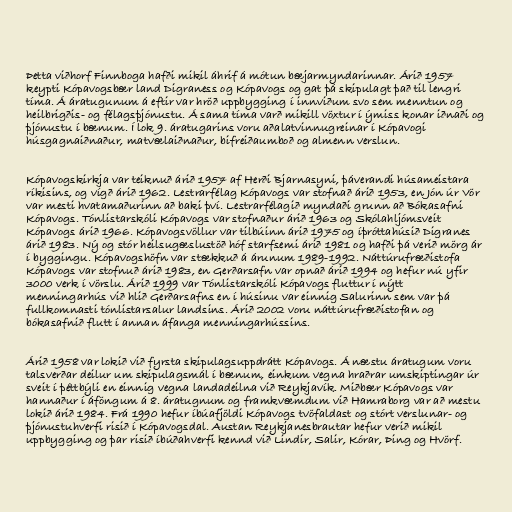
Þetta viðhorf Finnboga hafði mikil áhrif á mótun bæjarmyndarinnar. Árið 1957
keypti Kópavogsbær land Digraness og Kópavogs og gat þá skipulagt það til lengri
tíma. Á áratugunum á eftir var hröð uppbygging í innviðum svo sem menntun og
heilbrigðis- og félagsþjónustu. Á sama tíma varð mikill vöxtur í ýmiss konar iðnaði og
þjónustu í bænum. Í lok 9. áratugarins voru aðalatvinnugreinar í Kópavogi
húsgagnaiðnaður, matvælaiðnaður, bifreiðaumboð og almenn verslun.

Kópavogskirkja var teiknuð árið 1957 af Herði Bjarnasyni, þáverandi húsameistara
ríkisins, og vígð árið 1962. Lestrarfélag Kópavogs var stofnað árið 1953, en Jón úr Vör
var mesti hvatamaðurinn að baki því. Lestrarfélagið myndaði grunn að Bókasafni
Kópavogs. Tónlistarskóli Kópavogs var stofnaður árið 1963 og Skólahljómsveit
Kópavogs árið 1966. Kópavogsvöllur var tilbúinn árið 1975 og íþróttahúsið Digranes
árið 1983. Ný og stór heilsugæslustöð hóf starfsemi árið 1981 og hafði þá verið mörg ár
í byggingu. Kópavogshöfn var stækkuð á árunum 1989-1992. Náttúrufræðistofa
Kópavogs var stofnuð árið 1983, en Gerðarsafn var opnað árið 1994 og hefur nú yfir
3000 verk í vörslu. Árið 1999 var Tónlistarskóli Kópavogs fluttur í nýtt
menningarhús við hlið Gerðarsafns en í húsinu var einnig Salurinn sem var þá
fullkomnasti tónlistarsalur landsins. Árið 2002 voru náttúrufræðistofan og
bókasafnið flutt í annan áfanga menningarhússins.

Árið 1958 var lokið við fyrsta skipulagsuppdrátt Kópavogs. Á næstu áratugum voru
talsverðar deilur um skipulagsmál í bænum, einkum vegna hraðrar umskiptingar úr
sveit í þéttbýli en einnig vegna landadeilna við Reykjavík. Miðbær Kópavogs var
hannaður í áföngum á 8. áratugnum og framkvæmdum við Hamraborg var að mestu
lokið árið 1984. Frá 1990 hefur íbúafjöldi Kópavogs tvöfaldast og stórt verslunar- og
þjónustuhverfi risið í Kópavogsdal. Austan Reykjanesbrautar hefur verið mikil
uppbygging og þar risið íbúðahverfi kennd við Lindir, Salir, Kórar, Þing og Hvörf.